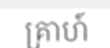
គ្រាហ៍